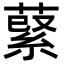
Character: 𦹖